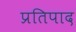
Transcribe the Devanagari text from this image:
प्रतिपाद